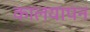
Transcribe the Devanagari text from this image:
कालयापन